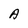
Character: A